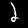
Digit: 2